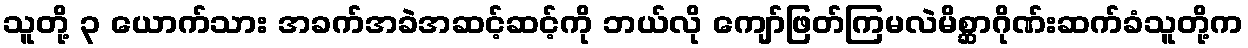
သူတို့ ၃ ယောက်သား အခက်အခဲအဆင့်ဆင့်ကို ဘယ်လို ကျော်ဖြတ်ကြမလဲမိစ္ဆာဂိုဏ်းဆက်ခံသူတို့က